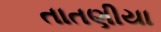
તાતણીયા